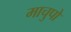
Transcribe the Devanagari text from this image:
माचुपो